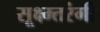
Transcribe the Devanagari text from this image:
सूक्ष्म्तरंगी